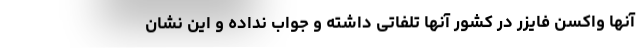
آنها واکسن فایزر در کشور آنها تلفاتی داشته و جواب نداده و این نشان